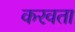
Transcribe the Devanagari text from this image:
करवता